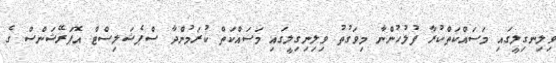
ވިލިނގިލީގައި މަސައްކަތްކުރާ ފުލުހުންނާ މިވަގުތު ވިލިނިގިލީގައި މަސައްކަތް ކުރަމުންދާ ސްޕެޝަލިސްޓް އޮޕަރޭޝަންސް ގެ